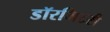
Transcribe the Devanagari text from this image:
डॉरमिटरी